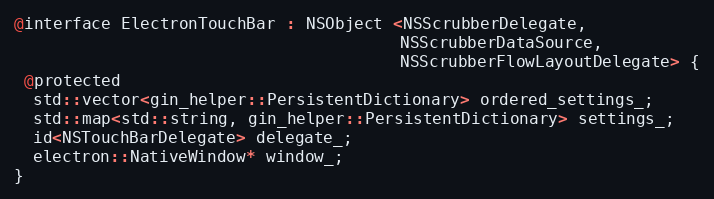
Language: C
@interface ElectronTouchBar : NSObject <NSScrubberDelegate,
                                        NSScrubberDataSource,
                                        NSScrubberFlowLayoutDelegate> {
 @protected
  std::vector<gin_helper::PersistentDictionary> ordered_settings_;
  std::map<std::string, gin_helper::PersistentDictionary> settings_;
  id<NSTouchBarDelegate> delegate_;
  electron::NativeWindow* window_;
}